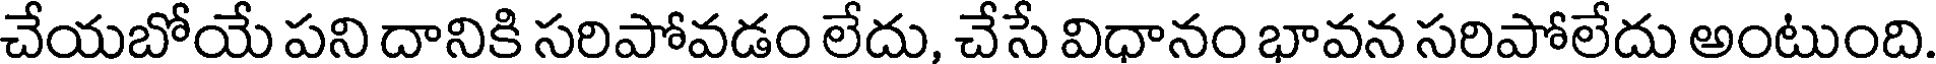
చేయబోయే పని దానికి సరిపోవడం లేదు, చేసే విధానం భావన సరిపోలేదు అంటుంది